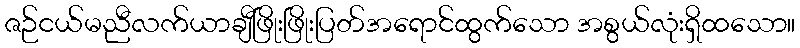
ဇဉ်ငယ်မညီလက်ယာချီဖြိုးဖြိုးပြတ်အရောင်ထွက်သော အစွယ်လုံးရှိထသော။